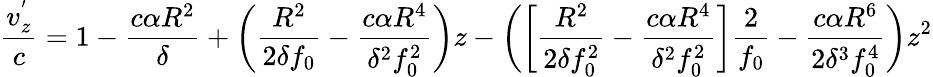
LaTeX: \frac{v_{z}^{'}}{c}=1-\frac{c\alpha R^{2}}{\delta}+\bigg(\frac{R^{2}}{2\delta f_{0}}-\frac{c\alpha R^{4}}{\delta^{2}f_{0}^{2}}\bigg)z-\bigg(\bigg[\frac{R^{2}}{2\delta f_{0}^{2}}-\frac{c\alpha R^{4}}{\delta^{2}f_{0}^{2}}\bigg]\frac{2}{f_{0}}-\frac{c\alpha R^{6}}{2\delta^{3}f_{0}^{4}}\bigg)z^{2}